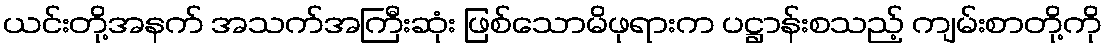
ယင်းတို့အနက် အသက်အကြီးဆုံး ဖြစ်သောမိဖုရားက ပဋ္ဌာန်းစသည့် ကျမ်းစာတို့ကို